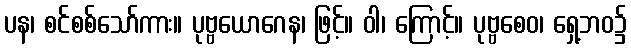
ပန၊ စင်စစ်သော်ကား။ ပုဗ္ဗယောဂေန၊ ဖြင့်။ ဝါ၊ ကြောင့်။ ပုဗ္ဗစေဝ၊ ရှေ့ဘဝ၌